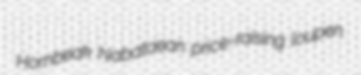
Hornbeak Nabataean price-raising loupen